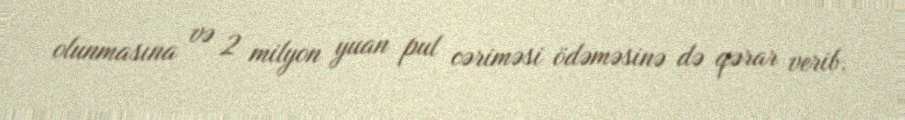
olunmasına və 2 milyon yuan pul cəriməsi ödəməsinə də qərar verib.